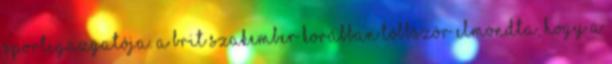
sportigazgatója. A brit szakember korábban többször elmondta, hogy a